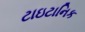
ટાઇટાનિક